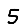
Digit: 5